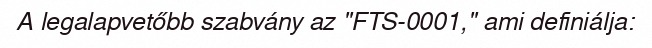
A legalapvetőbb szabvány az "FTS-0001," ami definiálja: